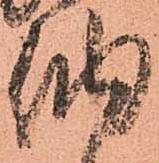
納